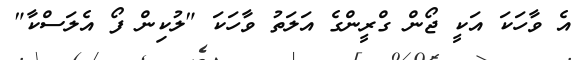
އެ ވާހަކަ އަކީ ޖޯން ގްރީންގެ އަލަތު ވާހަކަ "ލުކިން ފޯ އެލަސްކާ"